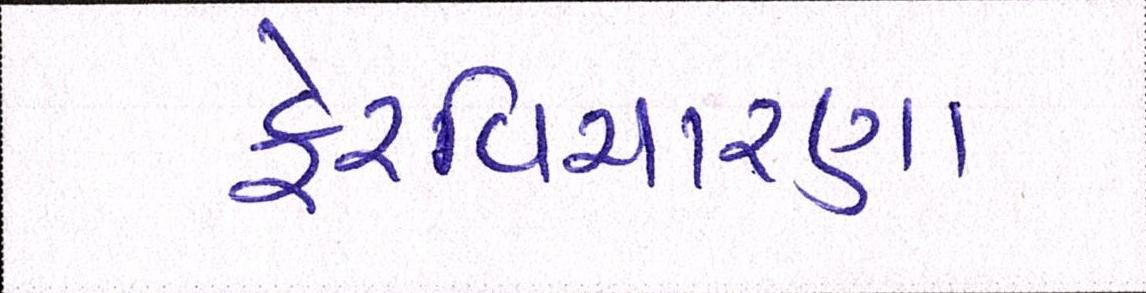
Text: ફેરવિચારણા